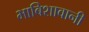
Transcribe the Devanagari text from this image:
भाबिशावानी